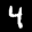
Label: 4